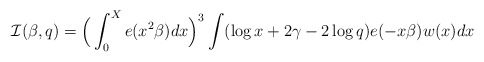
\begin{align*}\mathcal{I}(\beta,q)=\Big(\int_0^X e(x^2\beta)dx\Big)^3\int(\log x+2\gamma-2\log q)e(-x\beta)w(x)dx\end{align*}